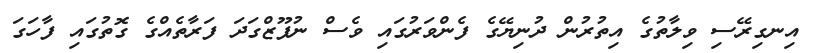
އިނގިރޭސި ވިލާތުގެ އިތުރުން ދުނިޔޭގެ ފެންވަރުގައި ވެސް ނުފޫޒްގަދަ ފަރާތެއްގެ ގޮތުގައި ފާހަގަ